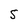
Character: S